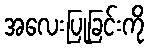
အလေးပြုခြင်းကို